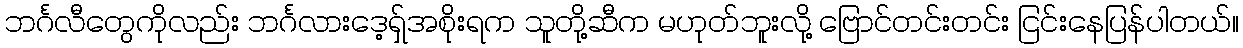
ဘင်္ဂလီတွေကိုလည်း ဘင်္ဂလားဒေ့ရှ်အစိုးရက သူတို့ဆီက မဟုတ်ဘူးလို့ ဗြောင်တင်းတင်း ငြင်းနေပြန်ပါတယ်။